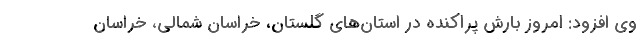
وی افزود: امروز بارش پراکنده در استان‌های گلستان، خراسان شمالی، خراسان